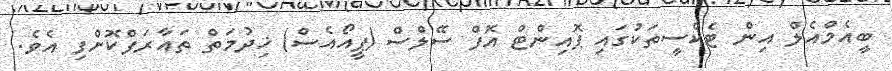
ބީއެމްއެލް އިން ޓެކްސީތަކުގައި ޕޮއިންޓް އޮފް ސޭލްސް (ޕީއޯއެސް) ޚިދުމަތް ތައާރަފްކޮށްފި އެވެ.